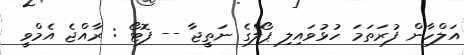
އަލްހާން ފުރަތަމަ ހުޅުވައިލި ޕޯލްގެ ނަތީޖާ -- ފޮޓޯ : ރާއްޖެ އެމްވީ